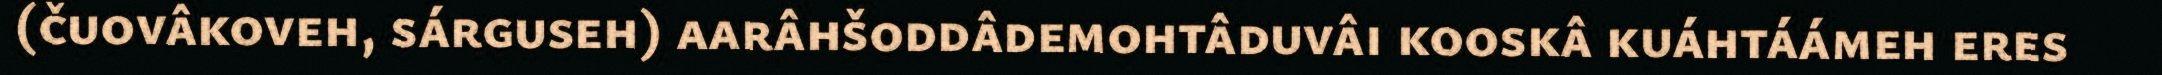
(čuovâkoveh, sárguseh) aarâhšoddâdemohtâduvâi kooskâ kuáhtáámeh eres